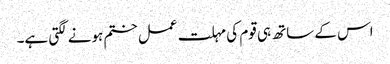
اس کے ساتھ ہی قوم کی مہلت عمل ختم ہونے لگتی ہے۔